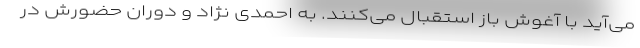
می‌آید با آغوش باز استقبال می‌کنند. به احمدی نژاد و دوران حضورش در